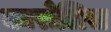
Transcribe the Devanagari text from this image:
कारोलिस